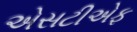
એસટીએફ